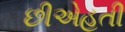
છીએહતી